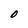
Character: O